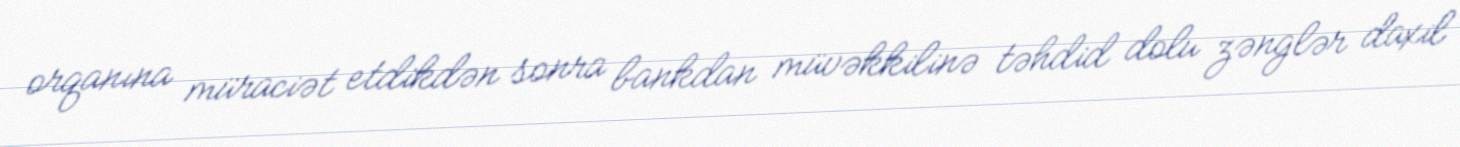
orqanına müraciət etdikdən sonra bankdan müvəkkilinə təhdid dolu zənglər daxil